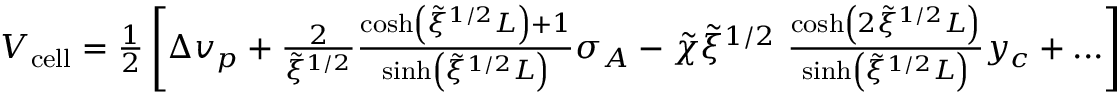
\begin{array} { r } { V _ { \mathrm { c e l l } } = \frac { 1 } { 2 } \left[ \Delta v _ { p } + \frac { 2 } { \tilde { \xi } ^ { 1 / 2 } } \frac { \cosh \left( \tilde { \xi } ^ { 1 / 2 } L \right) + 1 } { \sinh \left( \tilde { \xi } ^ { 1 / 2 } L \right) } \sigma _ { A } - \tilde { \chi } \tilde { \xi } ^ { 1 / 2 } \ \frac { \cosh \left( 2 \tilde { \xi } ^ { 1 / 2 } L \right) } { \sinh \left( \tilde { \xi } ^ { 1 / 2 } L \right) } y _ { c } + . . . \right] , } \end{array}